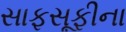
સાફસૂફીના